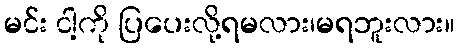
မင်း ငါ့ကို ပြပေးလို့ရမလား၊မရဘူးလား။